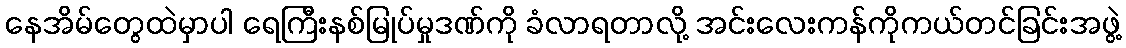
နေအိမ်တွေထဲမှာပါ ရေကြီးနစ်မြုပ်မှုဒဏ်ကို ခံလာရတာလို့ အင်းလေးကန်ကိုကယ်တင်ခြင်းအဖွဲ့